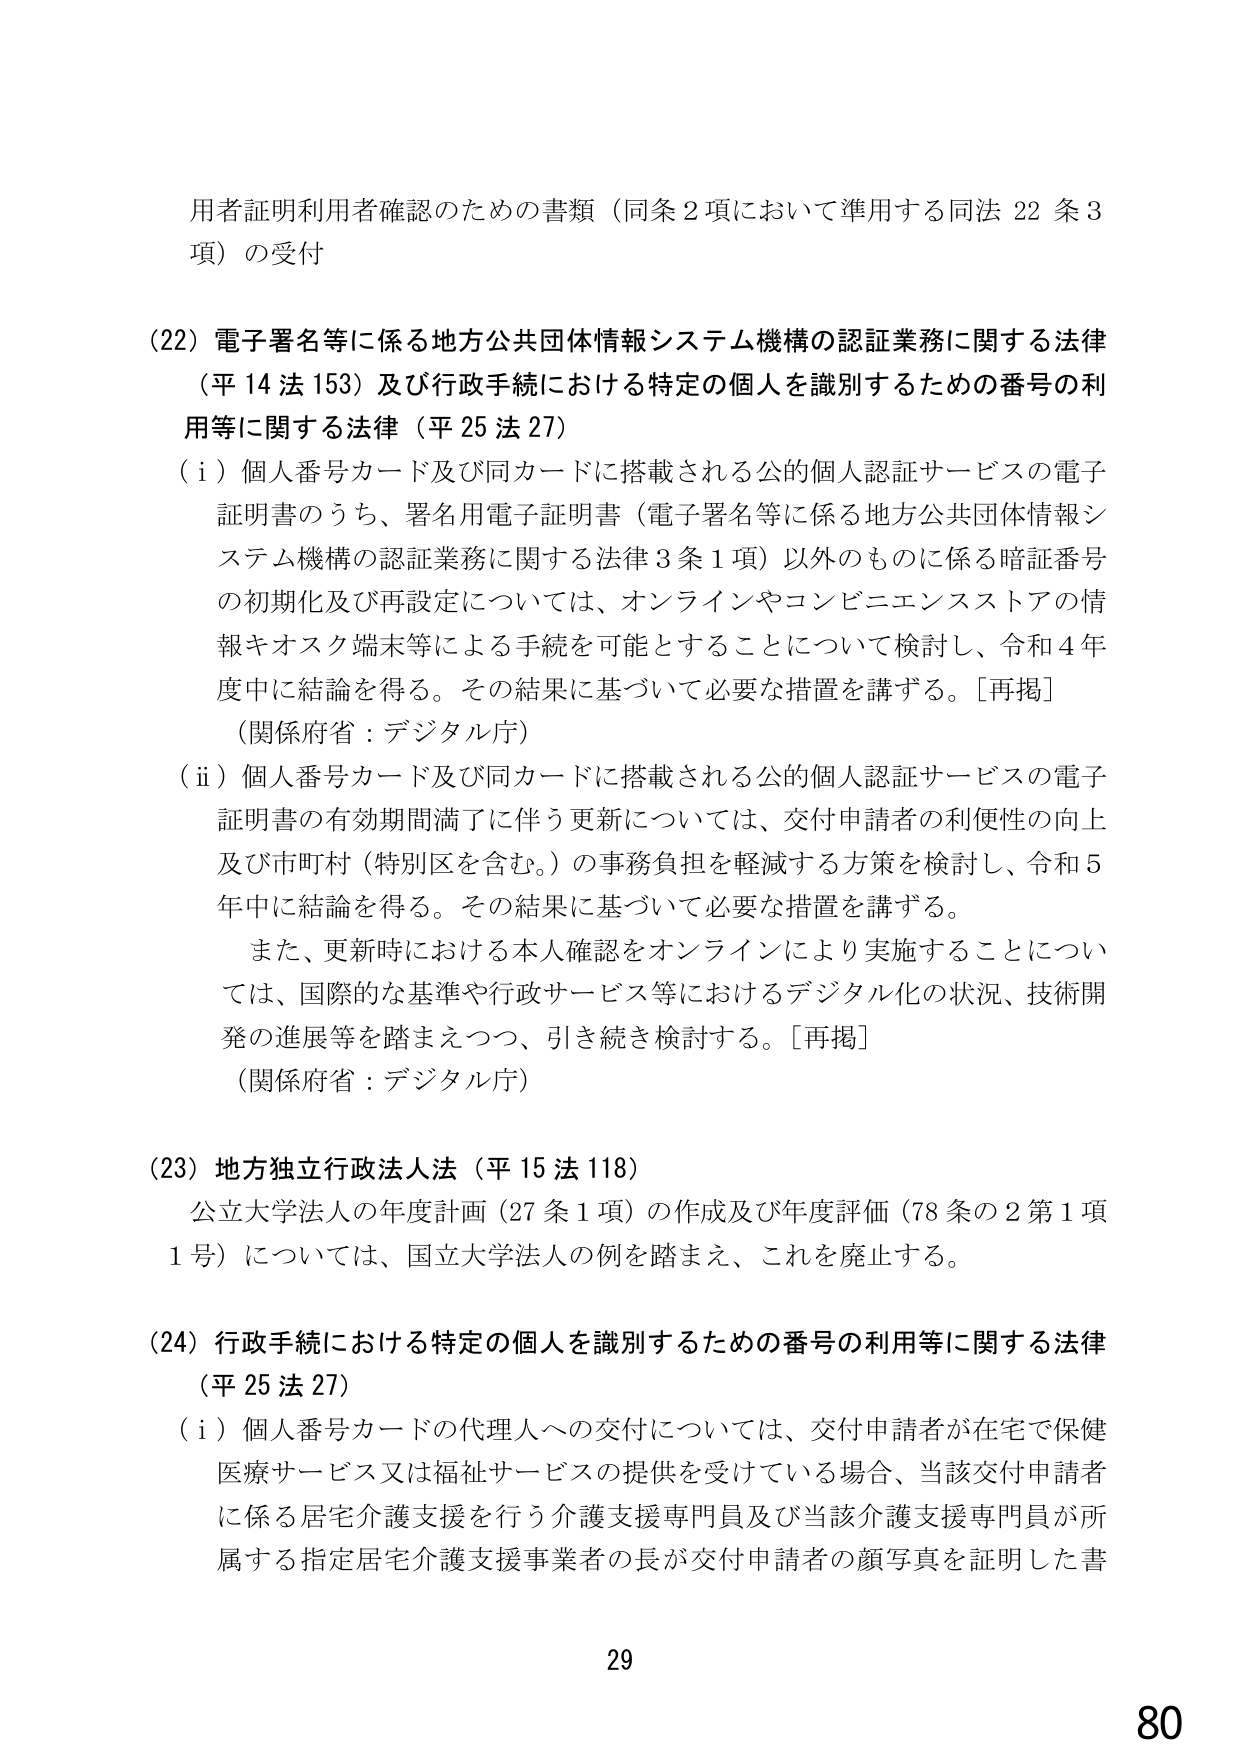
用者証明利用者確認のための書類（同条２項において準用する同法22条3項）の受付

（22）電子署名等に係る地方公共団体情報システム機構の認証業務に関する法律（平14法153）及び行政手続における特定の個人を識別するための番号の利用等に関する法律（平25法27）

（i）個人番号カード及び同カードに搭載される公的個人認証サービスの電子証明書のうち、署名用電子証明書（電子署名等に係る地方公共団体情報システム機構の認証業務に関する法律3条1項）以外のものに係る暗証番号の初期化及び再設定については、オンラインやコンビニエンスストアの情報キオスク端末等による手続を可能とすることについて検討し、令和4年度中に結論を得る。その結果に基づいて必要な措置を講ずる。［再掲］

（関係府省：デジタル庁）

（ii）個人番号カード及び同カードに搭載される公的個人認証サービスの電子証明書の有効期間満了に伴う更新については、交付申請者の利便性の向上及び市町村（特別区を含む。）の事務負担を軽減する方策を検討し、令和5年中に結論を得る。その結果に基づいて必要な措置を講ずる。

また、更新時における本人確認をオンラインにより実施することについては、国際的な基準や行政サービス等におけるデジタル化の状況、技術開発の進展等を踏まえつつ、引き続き検討する。［再掲］

（関係府省：デジタル庁）

（23）地方独立行政法人法（平15法118）

公立大学法人の年度計画（27条1項）の作成及び年度評価（78条の2第1項1号）については、国立大学法人の例を踏まえ、これを廃止する。

（24）行政手続における特定の個人を識別するための番号の利用等に関する法律（平25法27）

（i）個人番号カードの代理人への交付については、交付申請者が在宅で保健医療サービス又は福祉サービスの提供を受けている場合、当該交付申請者に係る居宅介護支援を行う介護支援専門員及び当該介護支援専門員が所属する指定居宅介護支援事業者の長が交付申請者の顔写真を証明した書

29
80